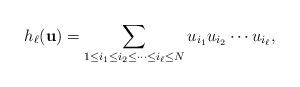
LaTeX: \begin{align*}h_\ell(\mathbf{u})=\sum_{1 \le i_1 \le i_2 \le \cdots \le i_\ell \le N}u_{i_1}u_{i_2}\cdots u_{i_\ell},\end{align*}